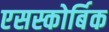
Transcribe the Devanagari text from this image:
एसस्कोर्बिक